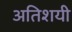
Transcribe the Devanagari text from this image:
अतिशयी